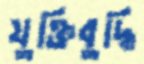
যুক্তিবুদ্ধি